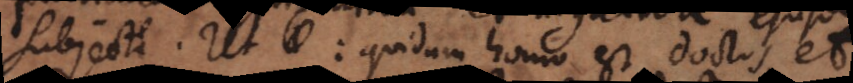
subjecti. Ut: quidam homo est doctus, et